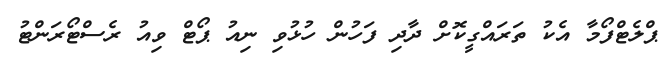
ޕްލެޓްފޯމާ އެކު ތަރައްގީކޮށް ދާދި ފަހުން ހުޅުވި ނިއު ޕޯޓް ވިއު ރެސްޓޯރަންޓު